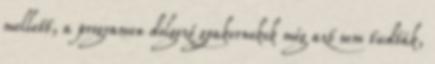
mellett, a programon dolgozó gyakornokok még azt sem tudták,